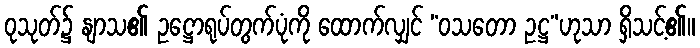
ဝုသုတ်၌ နျာသ၏ ဥဋ္ဌောရုပ်တွက်ပုံကို ထောက်လျှင် “ဝသတော ဥဋ္ဌ”ဟုသာ ရှိသင့်၏။